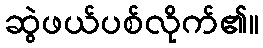
ဆွဲဖယ်ပစ်လိုက်၏။